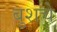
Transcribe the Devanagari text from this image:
बुशचे